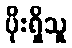
ပိုးရှိသူ